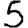
Digit: 5